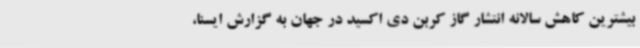
بیشترین کاهش سالانه انتشار گاز کربن دی اکسید در جهان به گزارش ایسنا،